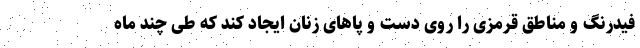
فیدرنگ و مناطق قرمزی را روی دست و پاهای زنان ایجاد کند که طی چند ماه